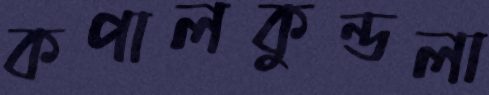
কপালকুন্ডলা